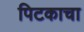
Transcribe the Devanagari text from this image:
पिटकाचा